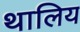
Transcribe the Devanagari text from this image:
थालिय